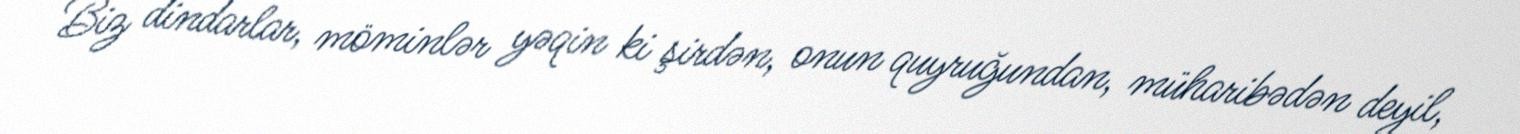
Biz dindarlar, möminlər yəqin ki şirdən, onun quyruğundan, müharibədən deyil,